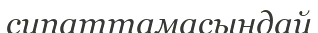
сипаттамасындай